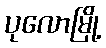
ပုလောမြို့